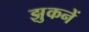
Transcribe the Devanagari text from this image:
झुकनें